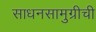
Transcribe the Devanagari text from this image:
साधनसामुग्रीची